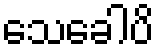
သေခေါပိ